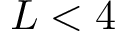
L < 4